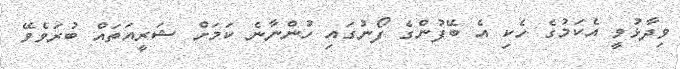
ވިދާޅުވީ އެކަމުގެ ހެކި އެ ބޭފުންގެ ފޯނުގައި ހުންނާނެ ކަމަށް ޝަރީއަތައް ބުރަވެވޭ